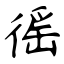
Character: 徭